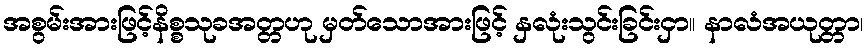
အစွမ်းအားဖြင့်နိစ္စသုခအတ္တဟု မှတ်သောအားဖြင့် နှလုံးသွင်းခြင်းငှာ။ နာလံအယုတ္တာ၊